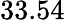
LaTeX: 33.54